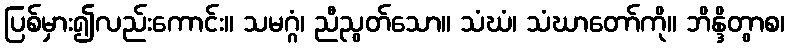
ပြစ်မှား၍လည်းကောင်း။ သမဂ္ဂံ၊ ညီညွတ်သော။ သံဃံ၊ သံဃာတော်ကို။ ဘိန္ဒိတွာစ၊